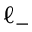
\ell _ { - }